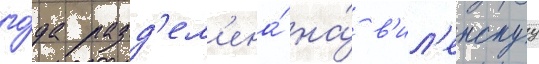
го́да разд'ел'ена́ на́ в'ил'енскуу